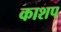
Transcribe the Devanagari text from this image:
काशप